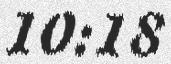
10:18